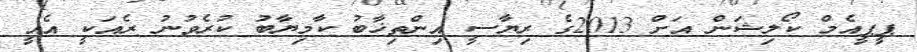
ޕީޕީއެމް ކޯލިޝަން އަށް 2013ގެ ރިޔާސީ އިންތިޚާބު ކާމިޔާބު ކުރެވުނު ރެއަކީ އެއީ